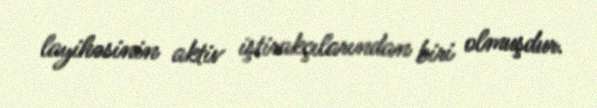
layihəsinin aktiv iştirakçılarından biri olmuşdur.